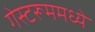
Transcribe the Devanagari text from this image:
गेस्टरूममध्ये